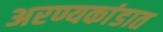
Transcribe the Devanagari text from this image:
अरण्यकांडात